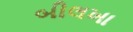
બીલખા